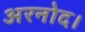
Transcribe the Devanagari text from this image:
अरनोद।